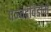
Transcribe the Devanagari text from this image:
पञ्चद्रविडौंमे